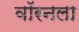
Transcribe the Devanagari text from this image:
वॉरनला